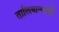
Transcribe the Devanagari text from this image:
तालिबान्यांशी